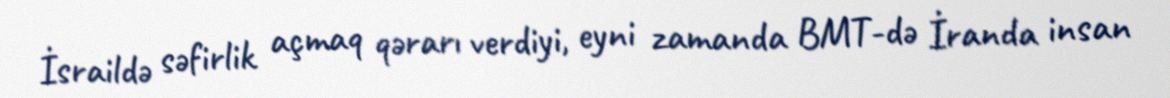
İsraildə səfirlik açmaq qərarı verdiyi, eyni zamanda BMT-də İranda insan